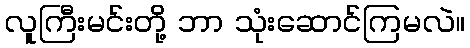
လူကြီးမင်းတို့ ဘာ သုံးဆောင်ကြမလဲ။